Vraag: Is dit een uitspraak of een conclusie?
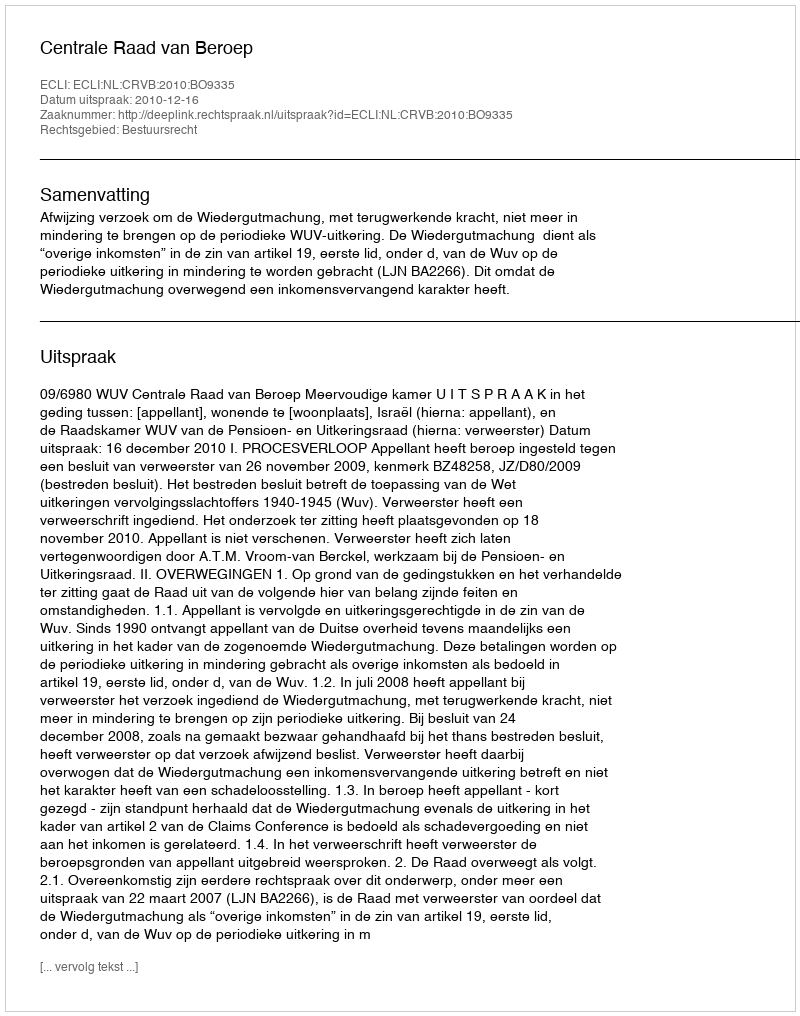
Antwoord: Uitspraak